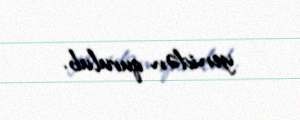
yenidən qurulub.